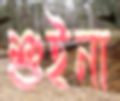
শুইনা